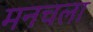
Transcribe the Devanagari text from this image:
मनचला